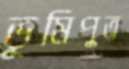
ভূমিপুত্র